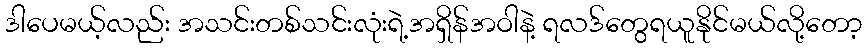
ဒါပေမယ့်လည်း အသင်းတစ်သင်းလုံးရဲ့အရှိန်အဝါနဲ့ ရလဒ်တွေရယူနိုင်မယ်လို့တော့